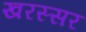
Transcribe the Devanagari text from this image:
खरस्सर